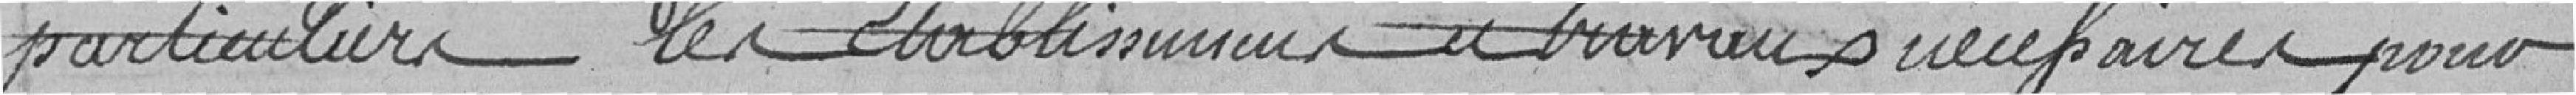
particuliers les établissements de travaux nécessaires pour